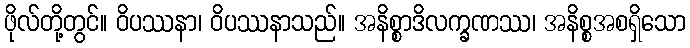
ဖိုလ်တို့တွင်။ ဝိပဿနာ၊ ဝိပဿနာသည်။ အနိစ္စာဒိလက္ခဏဿ၊ အနိစ္စအစရှိသော